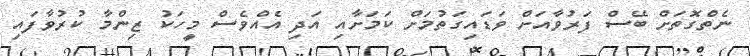
ނެތްގޮތަށް ބޭސް ފަރުވާއަށް ވަޑައިގަތުމަށް ކަމަށާއި އަދި އެއްވެސް މީހަކު ޒިންމާ ކުރުވާފައި